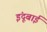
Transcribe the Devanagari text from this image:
इंदूबाई